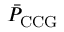
\bar { P } _ { \mathrm { C C G } }